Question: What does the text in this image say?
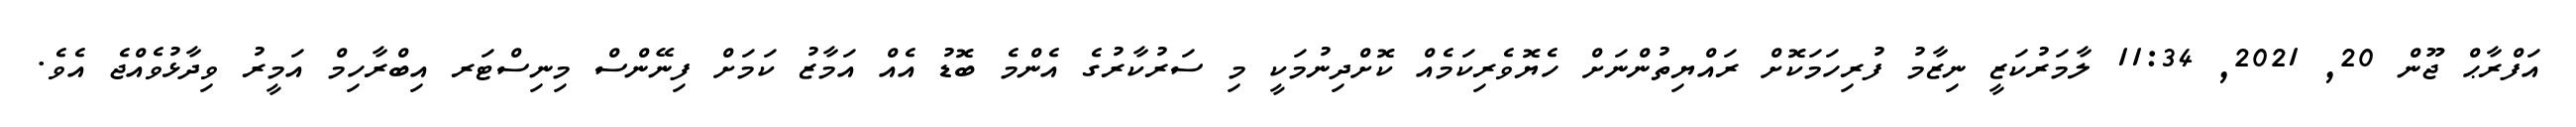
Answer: އަފްރާޙް ޖޫން 20, 2021, 11:34 ލާމަރުކަޒީ ނިޒާމު ފުރިހަމަކޮށް ރައްޔިތުންނަށް ހެޔޮވެރިކަމެއް ކޮށްދިނުމަކީ މި ސަރުކާރުގެ އެންމެ ބޮޑު އެއް އަމާޒު ކަމަށް ފިނޭންސް މިނިސްޓަރ އިބްރާހިމް އަމީރު ވިދާޅުވެއްޖެ އެވެ.